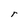
Character: r